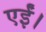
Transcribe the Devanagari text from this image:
एईं।